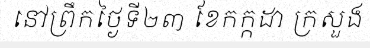
នៅព្រឹកថ្ងៃទី២៣ ខែកក្កដា ក្រសួង